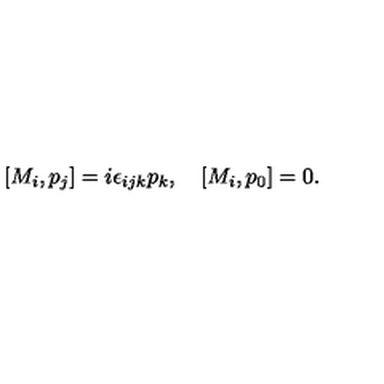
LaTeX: [ M _ { i } , p _ { j } ] = i \epsilon _ { i j k } p _ { k } , \quad [ M _ { i } , p _ { 0 } ] = 0 .